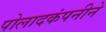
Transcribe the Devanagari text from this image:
पोलादकंपनीने